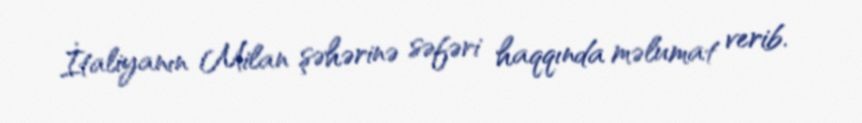
İtaliyanın Milan şəhərinə səfəri haqqında məlumat verib.